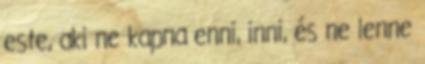
este, aki ne kapna enni, inni, és ne lenne